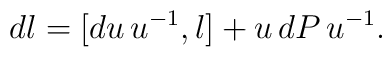
dl=[du\,u^{-1},l]+u\,dP\,u^{-1}.\;\;